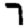
Digit: 7